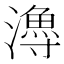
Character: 𤀯